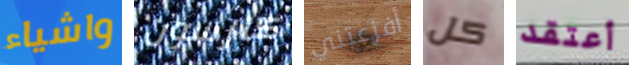
واشياء كارسون أفزعتني كل أعتقد